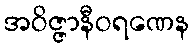
အဝိဇ္ဇာနီဝရဏေန